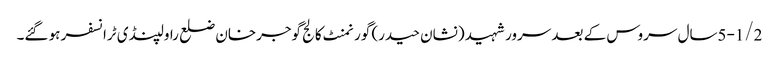
5-1/2سال سروس کے بعد سرور شہید (نشان حیدر) گورنمنٹ کالج گوجرخان ضلع راولپنڈی ٹرانسفر ہو گئے۔